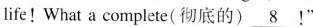
life! What a complete(彻底的) \underline{8}!"